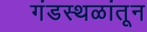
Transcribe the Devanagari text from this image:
गंडस्थळांतून